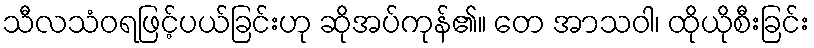
သီလသံဝရဖြင့်ပယ်ခြင်းဟု ဆိုအပ်ကုန်၏။ တေ အာသဝါ၊ ထိုယိုစီးခြင်း